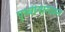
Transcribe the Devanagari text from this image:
पृथ्बीनारायन